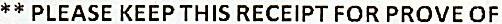
** PLEASE KEEP THIS RECEIPT FOR PROVE OF